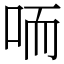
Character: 㖇